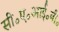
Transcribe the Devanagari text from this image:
सी॰ए॰आई॰बी॰